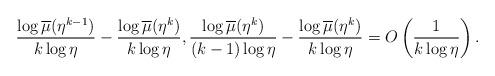
LaTeX: \begin{align*}\frac{\log\overline{\mu}(\eta^{k-1})}{k\log\eta}-\frac{\log\overline{\mu}(\eta^{k})}{k\log\eta},\frac{\log\overline{\mu}(\eta^{k})}{(k-1)\log\eta}-\frac{\log\overline{\mu}(\eta^{k})}{k\log\eta}=O\left(\frac{1}{k\log\eta}\right) . \end{align*}